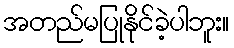
အတည်မပြုနိုင်ခဲ့ပါဘူး။